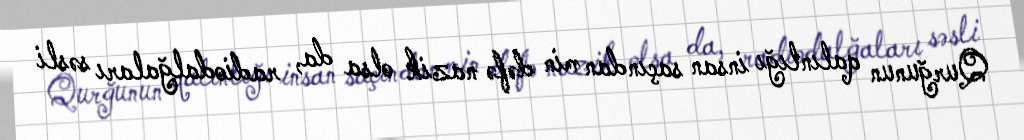
Qurğunun qalınlığı insan saçından min dəfə nazik olsa da, radiodalğaları səsli